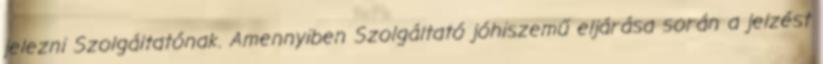
jelezni Szolgáltatónak. Amennyiben Szolgáltató jóhiszemű eljárása során a jelzést